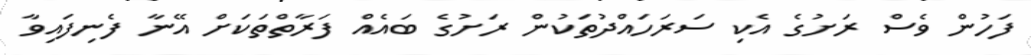
ފަހުން ވެސް ރަށުގެ އެކި ސަރަހައްދުތަކުން ރަށުގެ ބައެއް ފަރާތްތަކަށް އޭނާ ފެނިފައިވާ